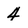
Character: 4